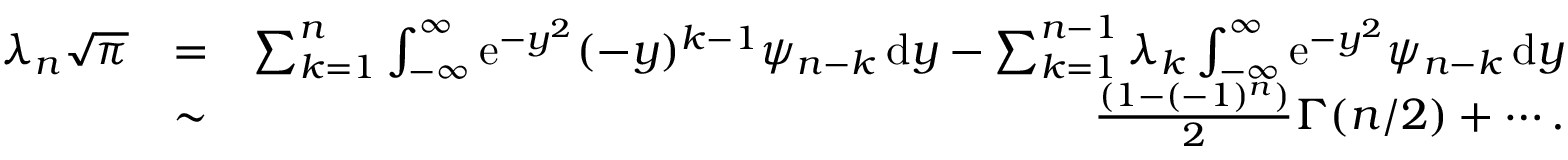
\begin{array} { r l r } { \lambda _ { n } \sqrt { \pi } } & { = } & { \sum _ { k = 1 } ^ { n } \int _ { - \infty } ^ { \infty } \mathrm { e } ^ { - y ^ { 2 } } ( - y ) ^ { k - 1 } \psi _ { n - k } \, \mathrm { d } y - \sum _ { k = 1 } ^ { n - 1 } \lambda _ { k } \int _ { - \infty } ^ { \infty } \mathrm { e } ^ { - y ^ { 2 } } \psi _ { n - k } \, \mathrm { d } y } \\ & { \sim } & { \frac { ( 1 - ( - 1 ) ^ { n } ) } { 2 } \Gamma ( n / 2 ) + \cdots . } \end{array}